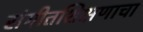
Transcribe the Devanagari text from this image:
संगीतशिक्षणाचा